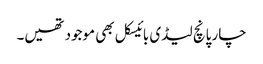
چار پانچ لیڈی بائیسکل بھی موجود تھیں۔